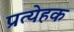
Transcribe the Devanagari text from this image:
प्रत्येहक